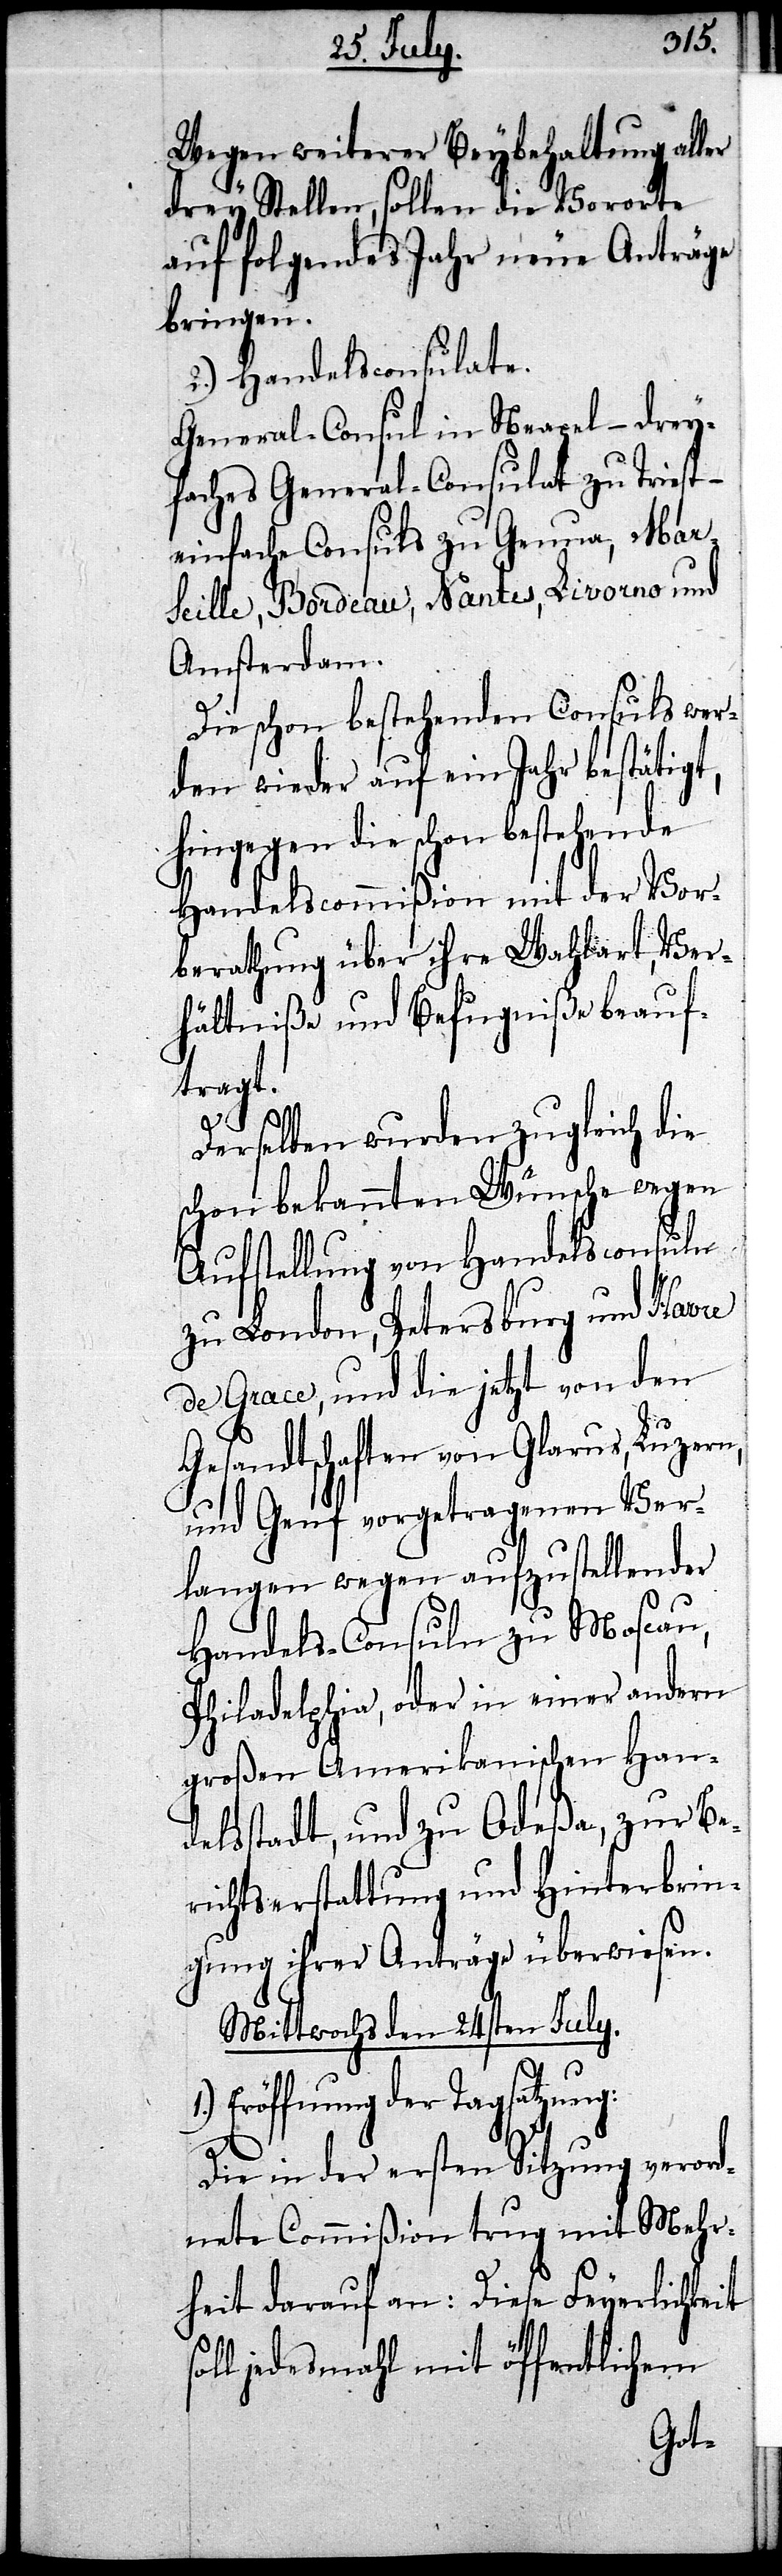
Wegen weiterer Beybehaltung aller
drey Stellen, sollen die Vororte
auf folgendes Jahr neue Anträge
bringen.
2.) Handelsconsulate.
General-Consul in Neapel – drey¬
faches General-Consulat zu Triest
einfache Consuls zu Genua, Mar¬
seille, Bordeaux, Nantes, Livorno und
Amsterdam.
Die schon bestehenden Consuls wer¬
den wieder auf ein Jahr bestätigt,
hingegen die schon bestehende
Handelscommißion mit der Vor¬
berathung über ihre Wahlart, Ver¬
hältniße und Befugniße beauf¬
tragt.
sol¬
Derselben wurden zugleich die
schon bekannten Wünsche wegen
Aufstellung von Handelsconsuln
zu London, Petersburg und Havre
de Grace, und die jetzt von den
Gesandtschaften von Glarus, Luzern,
und Genf vorgetragenen Ver¬
langen wegen aufzustellender
Handels-Consuln zu Moscau,
Philadelphia, oder in einer andern
großen Amerikanischen Hand¬
elsstadt, und zu Odeßa, zur Be¬
richtserstattung und Hinterbrin¬
gung ihrer Anträge überwiesen.
Mittwochs den 24sten July.
Eröffnung der Tagsatzung:
Die in der ersten Sitzung verord¬
nete Commißion trug mit Mehr¬
heit darauf an: Diese Feyerlichkeit
l jedesmahl mit öffentlichem